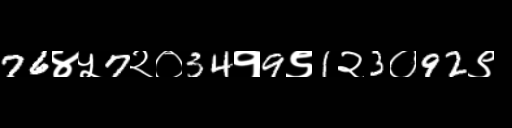
Text: 76४५7२०34१9९1२3०92९